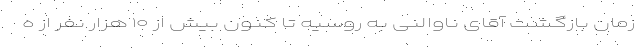
زمان بازگشت آقای ناوالنی به روسیه تا کنون بیش از ۱۰ هزار نفر از ه